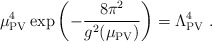
\begin{align*}\mu_{\rm PV}^4 \exp\left( -{8\pi^2 \over g^2(\mu_{\rm PV})} \right) =\Lambda_{\rm PV}^4 \ .\end{align*}